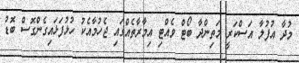
މުދާ އުފުލާ އަސްކަރީ މަތިންދާ ބޯޓް ވެއްޓި އިމާރާތެއްގައި ޖެހުމާއެކު ހުޅުފަޅައިގެންގޮސް ބޮޑު